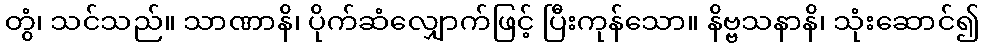
တွံ၊ သင်သည်။ သာဏာနိ၊ ပိုက်ဆံလျှောက်ဖြင့် ပြီးကုန်သော။ နိဗ္ဗသနာနိ၊ သုံးဆောင်၍